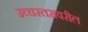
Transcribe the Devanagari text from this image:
उच्चस्तरावरील